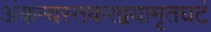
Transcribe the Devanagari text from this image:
अंकन्यस्तकरद्वयामृतघटं